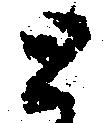
と